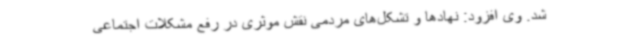
شد. وی افزود: نهادها و تشکل‌های مردمی نقش موثری در رفع مشکلات اجتماعی